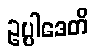
ဥပ္ပါဒေတိ